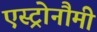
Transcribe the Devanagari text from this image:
एस्ट्रोनौमी